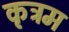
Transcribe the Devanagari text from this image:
कृत्रम